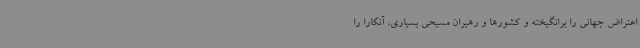
اعتراض جهانی را برانگیخته و کشورها و رهبران مسیحی بسیاری، آنکارا را